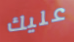
عليك